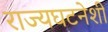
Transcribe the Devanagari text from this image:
राज्यघटनेशी